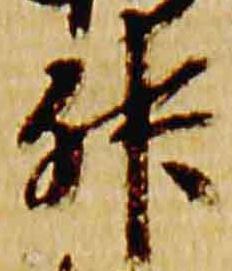
升